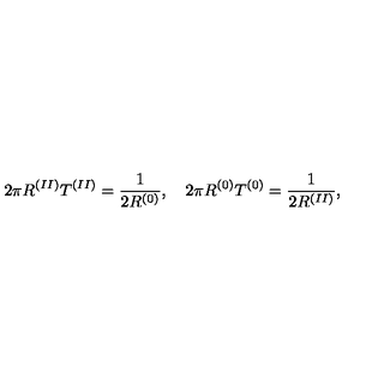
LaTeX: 2 \pi R ^ { ( I I ) } T ^ { ( I I ) } = \frac { 1 } { 2 R ^ { ( 0 ) } } , \quad 2 \pi R ^ { ( 0 ) } T ^ { ( 0 ) } = \frac { 1 } { 2 R ^ { ( I I ) } } ,